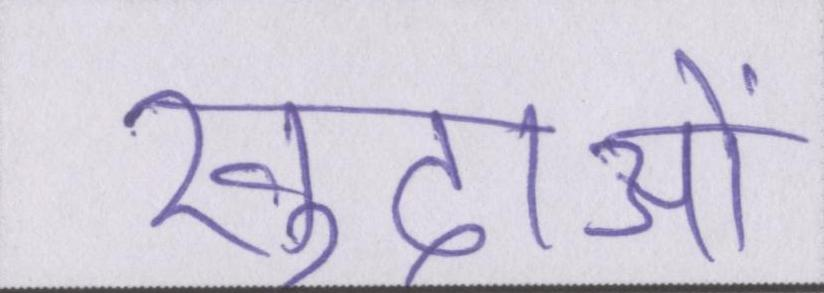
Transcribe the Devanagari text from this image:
खुदाओं